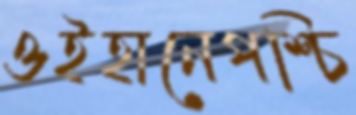
ওইহানেপশ্চি